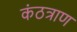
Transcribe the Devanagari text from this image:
कंठत्राण